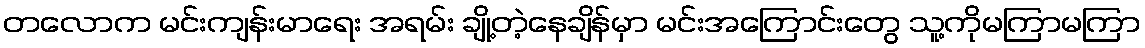
တလောက မင်းကျန်းမာရေး အရမ်း ချို့တဲ့နေချိန်မှာ မင်းအကြောင်းတွေ သူ့ကိုမကြာမကြာ